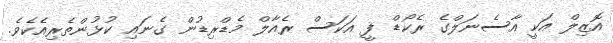
އޮޒިލް އަކީ އާސެނަލްގެ ރެކޯޑް ފީ އަކަސް ރެއާލް މެޑްރިޑުން ގެނައި ކުޅުންތެރިއެކެވެ.